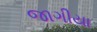
જાગીયા